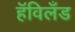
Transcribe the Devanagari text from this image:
हॅविलँड